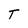
Character: T